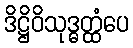
ဒိဋ္ဌိဝိသုဒ္ဓတ္ထံပေ